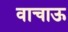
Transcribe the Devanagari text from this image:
वाचाऊ